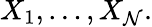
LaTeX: X_{1},\dots,X_{\mathcal{N}}.